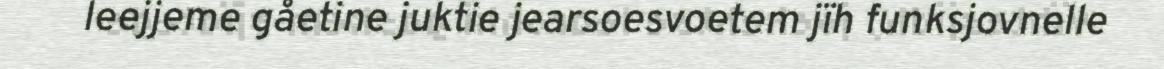
leejjeme gåetine juktie jearsoesvoetem jïh funksjovnelle